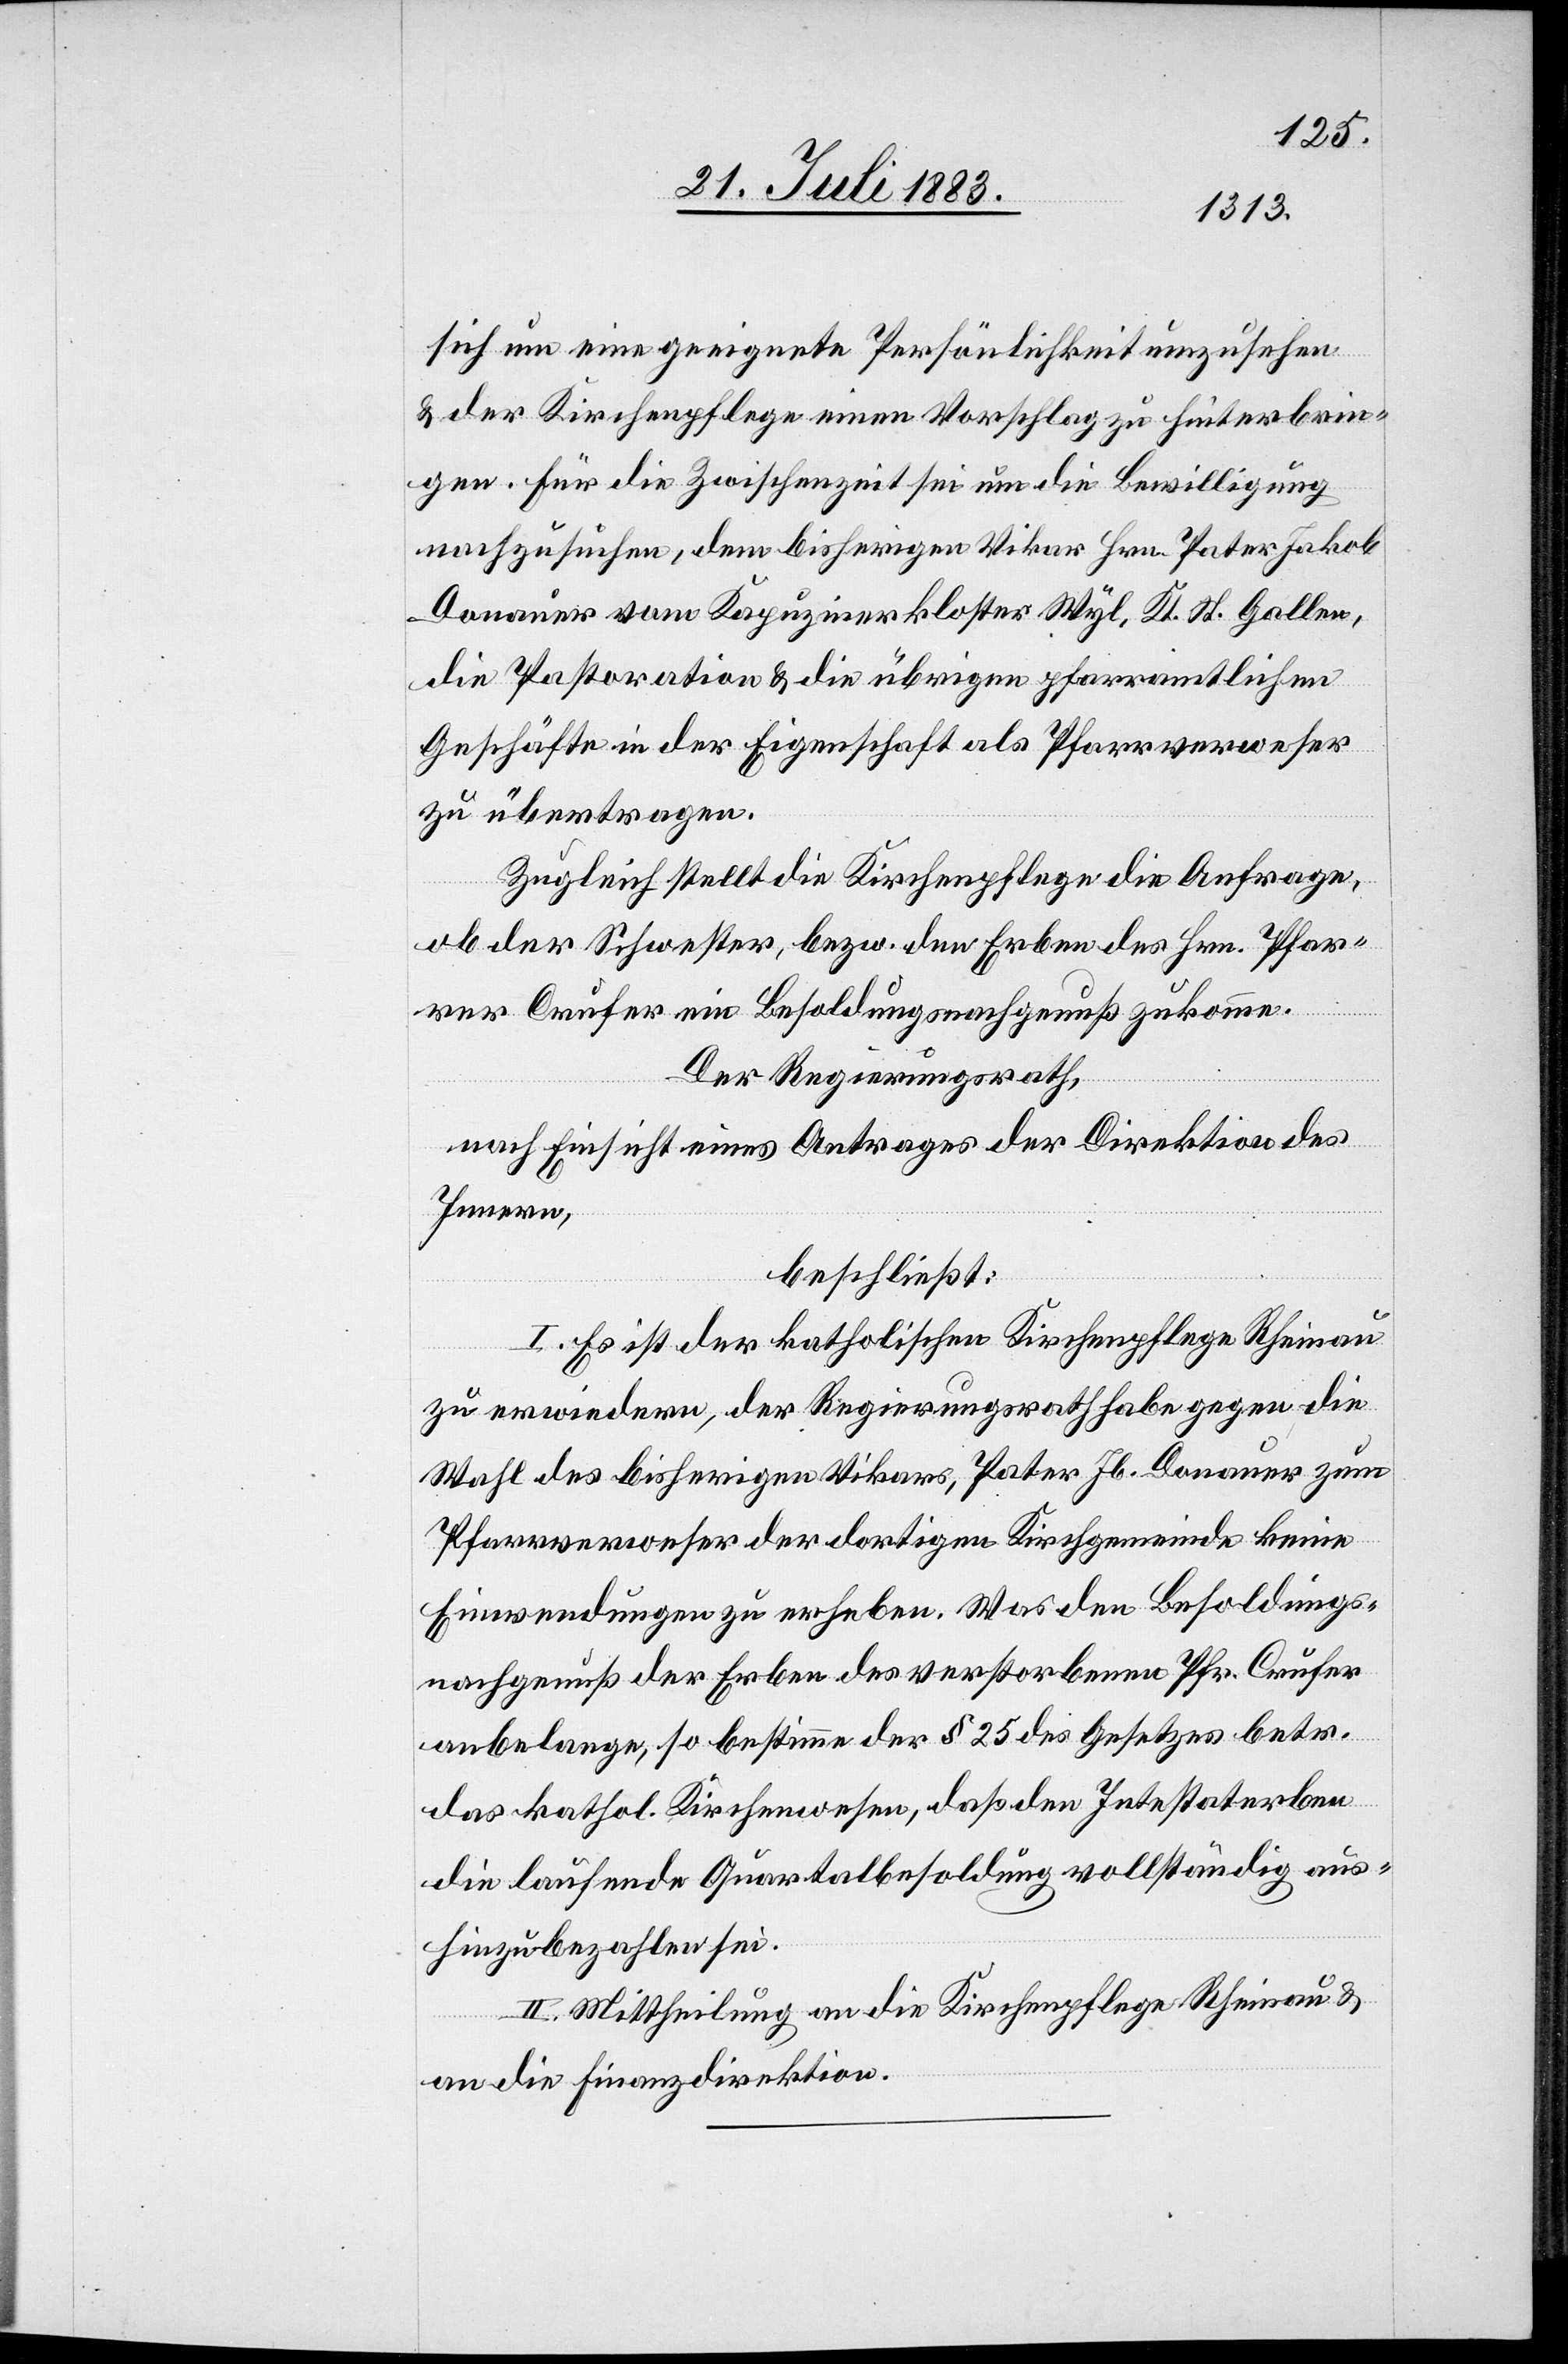
sich um eine geeignete Persönlichkeit umzusehen
& der Kirchenpflege einen Vorschlag zu hinterbrin¬
gen. Für die Zwischenzeit sei um die Bewilligung
nachzusuchen, dem bisherigen Vikar Hrn. Pater Jakob
Donauer vom Kapuzinerkloster Wyl, Kt. St. Gallen,
die Pastoration & die übrigen pfarramtlichen
Geschäfte in der Eigenschaft als Pfarrverweser
zu übertragen.
Zugleich stellt die Kirchenpflege die Anfrage,
ob der Schwester, bezw. den Erben des Hrn. Pfar¬
rer Crufer ein Besoldungsnachgenuß zukomme.
Der Regierungsrath,
nach Einsicht eines Antrages der Direktion des
Innern,
beschließt:
I. Es ist der katholischen Kirchenpflege Rheinau
zu erwiedern, der Regierungsrath habe gegen die
Wahl des bisherigen Vikars, Pater Jb. Donauer zum
Pfarrverweser der dortigen Kirchgemeinde keine
Einwendungen zu erheben. Was den Besoldungs¬
nachgenuß der Erben des verstorbenen Pfr. Crufer
anbelange, so bestimme der § 25 des Gesetzes betr.
das kathol. Kirchenwesen, daß den Intestaterben
die laufende Quartalbesoldung vollständig aus¬
hinzubezahlen sei.
II. Mittheilung an die Kirchenpflege Rheinau &
an die Finanzdirektion.